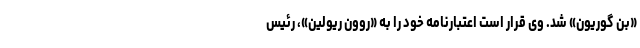
«بن گوریون» شد. وی قرار است اعتبارنامه خود را به «روون ریولین»، رئیس